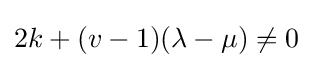
2k+(v-1)(\lambda -\mu )\neq 0